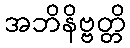
အဘိနိဗ္ဗတ္တိ